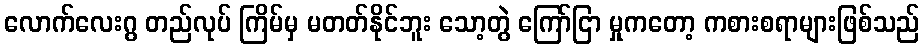
လောက်လေးဂွ တည်လုပ် ကြိမ်မှ မတတ်နိုင်ဘူး သော့တွဲ ကြော်ငြာ မှုကတော့ ကစားစရာများဖြစ်သည်